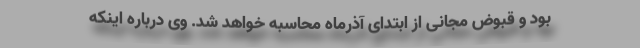
بود و قبوض مجانی از ابتدای آذرماه محاسبه خواهد شد. وی درباره اینکه